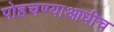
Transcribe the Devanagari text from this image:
पोहचण्याआधीच